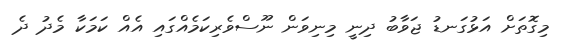
މިގޮތަށް އަޅުގަނޑު ޖަވާބު ދިނީ މިނިވަން ނޫސްވެރިކަމެއްގައި އެއް ކަމަކާ މެދު ދެ